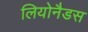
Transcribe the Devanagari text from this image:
लियोनैडस